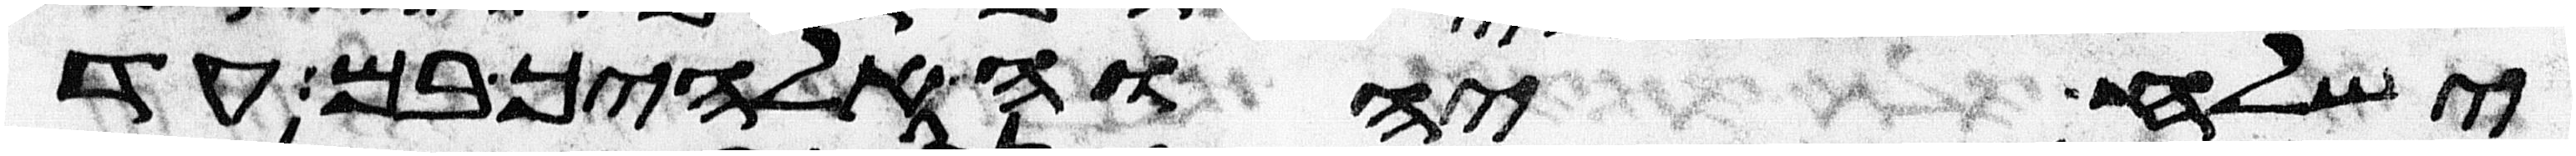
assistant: ישלח יהוה אלהיך בם עד